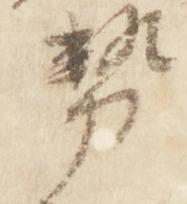
勢